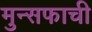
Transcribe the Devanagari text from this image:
मुन्सफाची